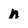
Character: n